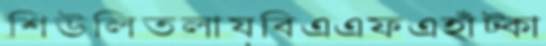
শিউলিতলায়বিএএফএহাঁট্‌কা